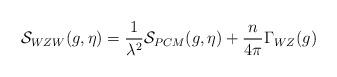
LaTeX: \begin{align*}{\cal S}_{WZW}(g,\eta) = {1\over{\lambda^2}}{\cal S}_{PCM}(g,\eta)+{n\over{4\pi}}\Gamma_{WZ}(g)\end{align*}